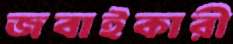
জবাইকারী